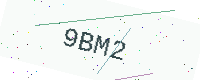
Text: 9BM2